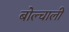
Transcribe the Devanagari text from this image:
बोल्चाली